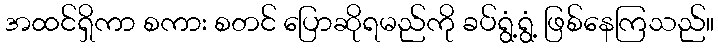
အထင်ရှိကာ စကား စတင် ပြောဆိုရမည်ကို ခပ်ရွံ့ရွံ့ ဖြစ်နေကြသည်။